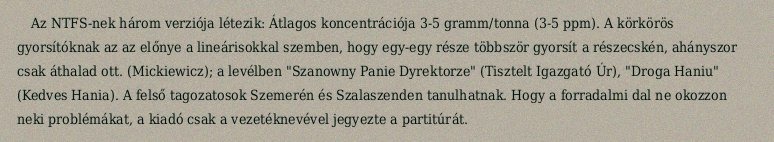
Az NTFS-nek három verziója létezik: Átlagos koncentrációja 3-5 gramm/tonna (3-5 ppm). A körkörös gyorsítóknak az az előnye a lineárisokkal szemben, hogy egy-egy része többször gyorsít a részecskén, ahányszor csak áthalad ott. (Mickiewicz); a levélben "Szanowny Panie Dyrektorze" (Tisztelt Igazgató Úr), "Droga Haniu" (Kedves Hania). A felső tagozatosok Szemerén és Szalaszenden tanulhatnak. Hogy a forradalmi dal ne okozzon neki problémákat, a kiadó csak a vezetéknevével jegyezte a partitúrát.